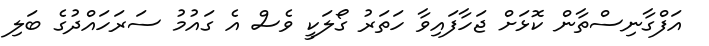
އަފްގާނިސްތާން ކޮޅަށް ޖަހާފައިވާ ހަތަރު ގޯލަކީ ވެސް އެ ގައުމު ސަރަހައްދުގެ ބަލި